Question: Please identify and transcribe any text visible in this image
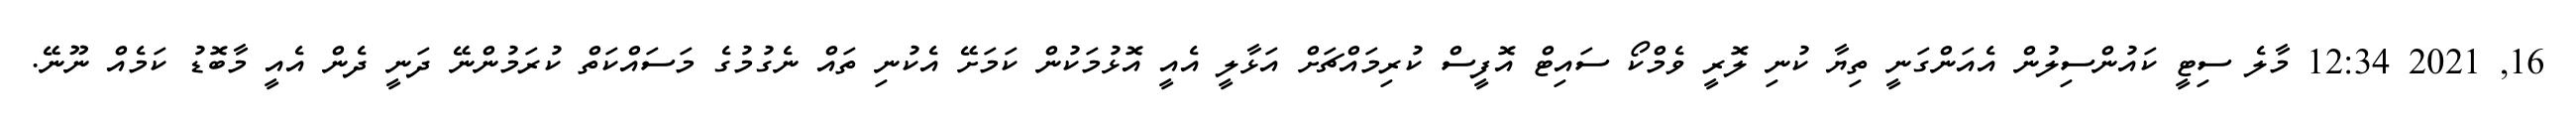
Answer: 16, 2021 12:34 މާލެ ސިޓީ ކައުންސިލުން އެއަންގަނީ ތިޔާ ކުނި ލޮރީ ވެމްކޯ ސައިޓް އޮފީސް ކުރިމައްޗަށް އަޅާލީ އެއީ އޮޅުމަކުން ކަމަށޭ އެކުނި ތައް ނެގުމުގެ މަސައްކަތް ކުރަމުންނޭ ދަނީ ދެން އެއީ މާބޮޑު ކަމެއް ނޫނޭ.